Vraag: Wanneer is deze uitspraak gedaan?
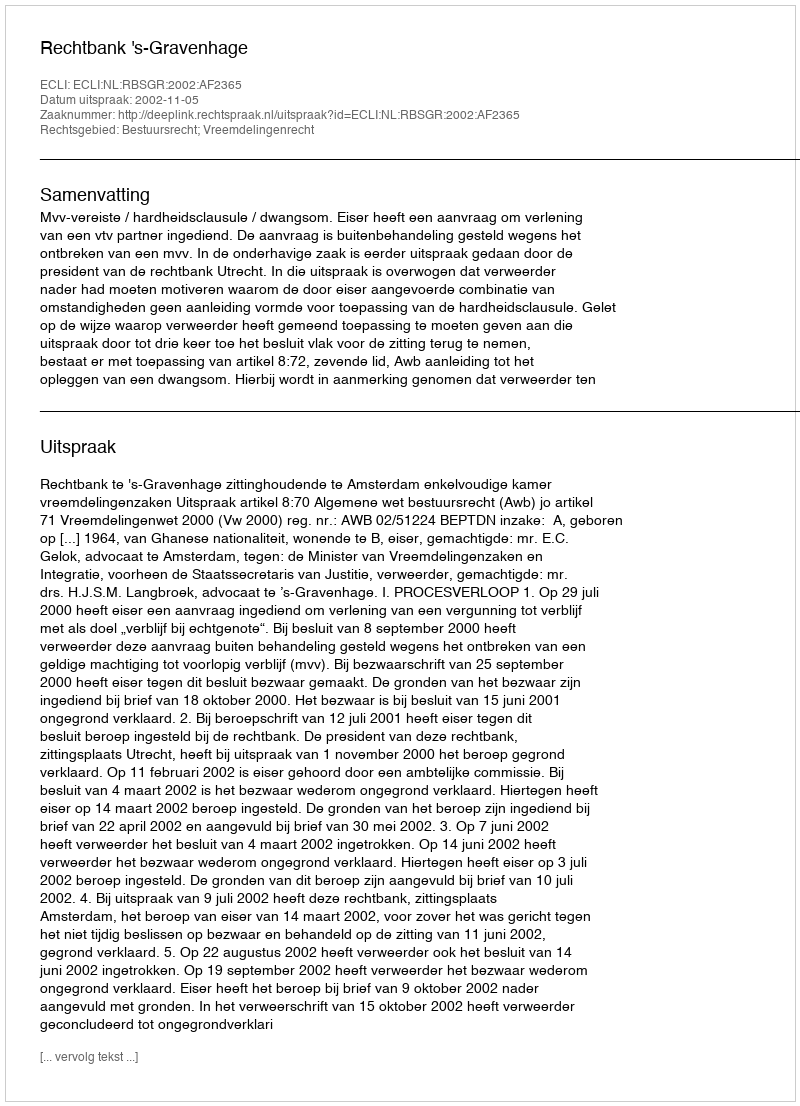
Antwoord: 2002-11-05